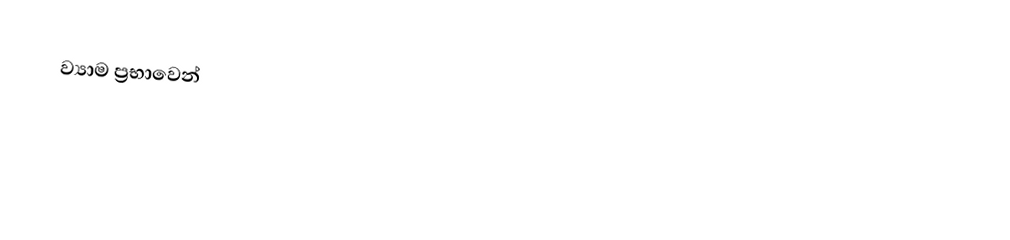
ව්‍යාම  ප්‍රභාවෙන්